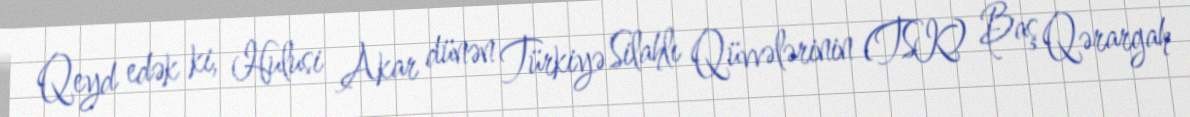
Qeyd edək ki, Hulusi Akar dünən Türkiyə Silahlı Qüvvələrinin (TSK) Baş Qərargah